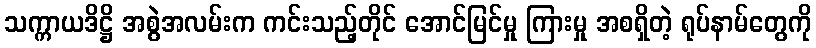
သက္ကာယဒိဋ္ဌိ အစွဲအလမ်းက ကင်းသည့်တိုင် အောင်မြင်မှု ကြားမှု အစရှိတဲ့ ရုပ်နာမ်တွေကို